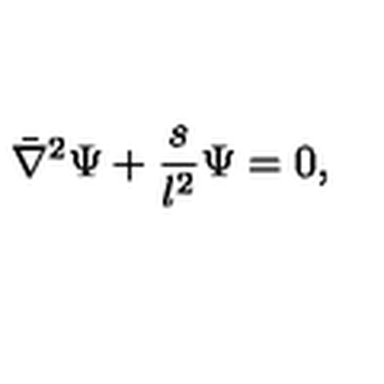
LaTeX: \bar { \nabla } ^ { 2 } \Psi + { \frac { s } { l ^ { 2 } } } \Psi = 0 ,